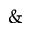
\&